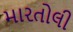
મારતોલી